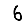
Digit: 6